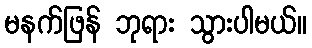
မနက်ဖြန် ဘုရား သွားပါမယ်။